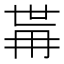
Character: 𭁯